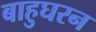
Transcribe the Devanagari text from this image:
बाहुघरन